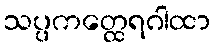
သပ္ပကတ္ထေရဂါထာ